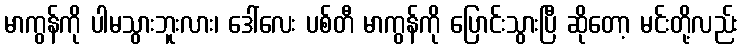
မာကွန်ကို ပါမသွားဘူးလား၊ ဒေါ်လေး ပစ်တီ မာကွန်ကို ပြောင်းသွားပြီ ဆိုတော့ မင်းတို့လည်း